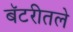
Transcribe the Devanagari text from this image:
बॅटरीतले